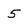
Character: 5